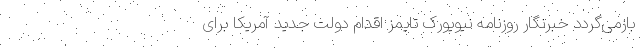
بازمی‌گردد خبرنگار روزنامه نیویورک تایمز اقدام دولت جدید آمریکا برای